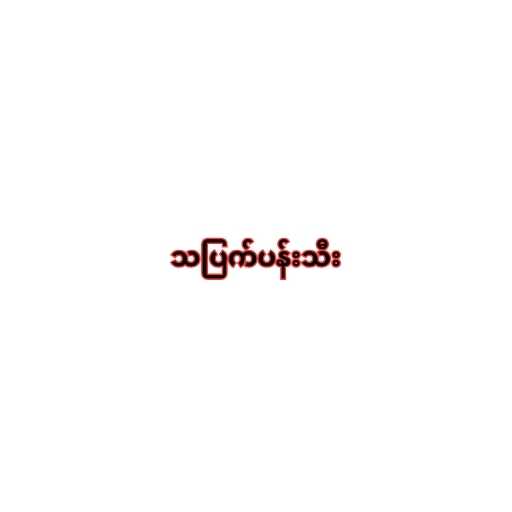
သပြက်ပန်းသီး